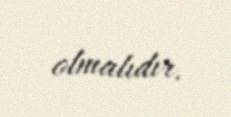
olmalıdır.